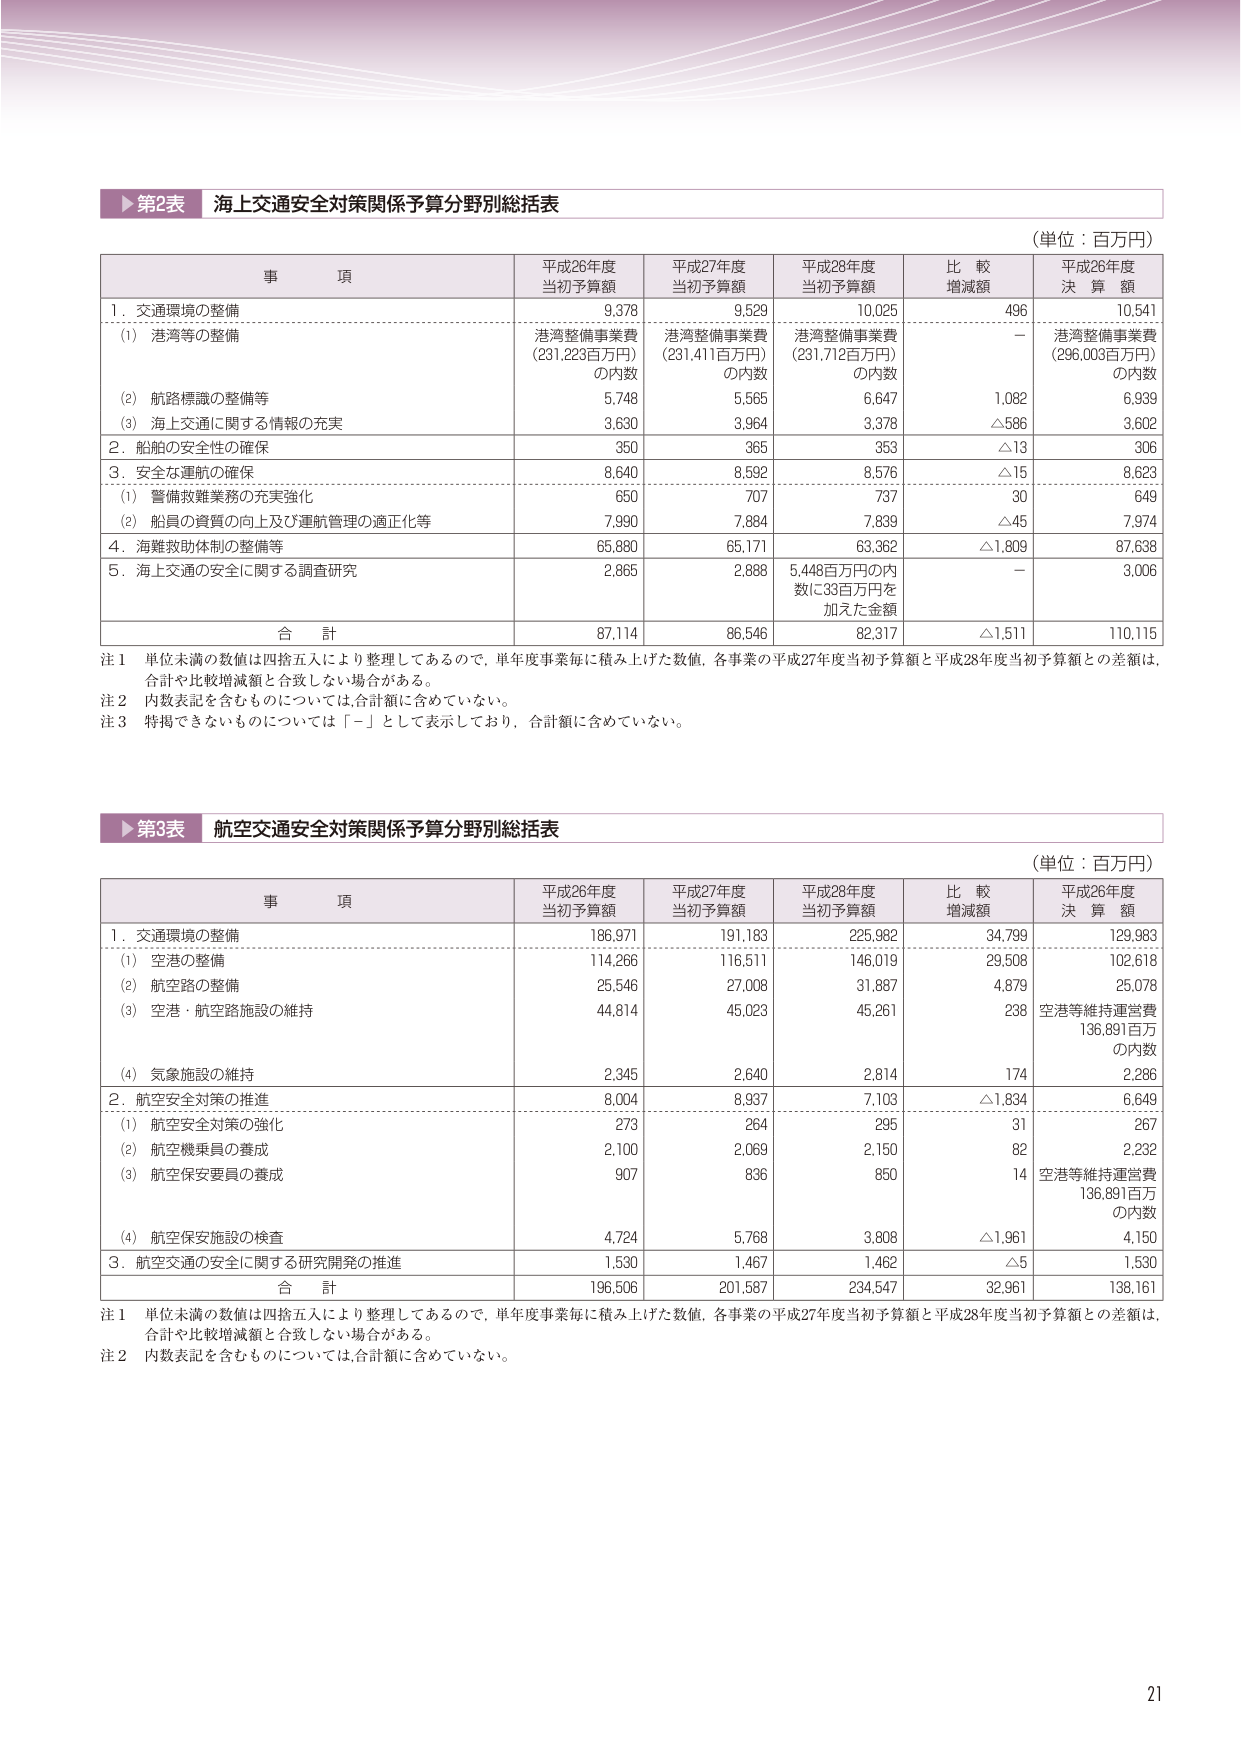
▶第2表 海上交通安全対策関係予算分野別総括表
（単位：百万円）

事 項 平成26年度 当初予算額 平成27年度 当初予算額 平成28年度 当初予算額 比 較 増減額 平成26年度 決 算 額

1．交通環境の整備 9,378 9,529 10,025 496 10,541
　(1) 港湾等の整備 港湾整備事業費 （231,223百万円） の内数 港湾整備事業費 （231,411百万円） の内数 港湾整備事業費 （231,712百万円） の内数 － 港湾整備事業費 （296,003百万円） の内数
　(2) 航路標識の整備等 5,748 5,565 6,647 1,082 6,939
　(3) 海上交通に関する情報の充実 3,630 3,964 3,378 △586 3,602
2．船舶の安全性の確保 350 365 353 △13 306
3．安全な運航の確保 8,640 8,592 8,576 △15 8,623
　(1) 警備救難業務の充実強化 650 707 737 30 649
　(2) 船員の資質の向上及び運航管理の適正化等 7,990 7,884 7,839 △45 7,974
4．海難救助体制の整備等 65,880 65,171 63,362 △1,809 87,638
5．海上交通の安全に関する調査研究 2,865 2,888 5,448百万円の内 数に33百万円を 加えた金額 － 3,006

合 計 87,114 86,546 82,317 △1,511 110,115

注1 単位未満の数値は四捨五入により整理してあるので、単年度事業毎に積み上げた数値、各事業の平成27年度当初予算額と平成28年度当初予算額との差額は、合計や比較増減額と合致しない場合がある。
注2 内数表記を含むものについては、合計額に含めていない。
注3 特掲できないものについては「－」として表示しており、合計額に含めていない。

▶第3表 航空交通安全対策関係予算分野別総括表
（単位：百万円）

事 項 平成26年度 当初予算額 平成27年度 当初予算額 平成28年度 当初予算額 比 較 増減額 平成26年度 決 算 額

1．交通環境の整備 186,971 191,183 225,982 34,799 129,983
　(1) 空港の整備 114,266 116,511 146,019 29,508 102,618
　(2) 航空路の整備 25,546 27,008 31,887 4,879 25,078
　(3) 空港・航空路施設の維持 44,814 45,023 45,261 238 空港等維持運営費 136,891百万 の内数
　(4) 気象施設の維持 2,345 2,640 2,814 174 2,286
2．航空安全対策の推進 8,004 8,937 7,103 △1,834 6,649
　(1) 航空安全対策の強化 273 264 295 31 267
　(2) 航空機乗員の養成 2,100 2,069 2,150 82 2,232
　(3) 航空保安要員の養成 907 836 850 14 空港等維持運営費 136,891百万 の内数
　(4) 航空保安施設の検査 4,724 5,768 3,808 △1,961 4,150
3．航空交通の安全に関する研究開発の推進 1,530 1,467 1,462 △5 1,530

合 計 196,506 201,587 234,547 32,961 138,161

注1 単位未満の数値は四捨五入により整理してあるので、単年度事業毎に積み上げた数値、各事業の平成27年度当初予算額と平成28年度当初予算額との差額は、合計や比較増減額と合致しない場合がある。
注2 内数表記を含むものについては、合計額に含めていない。

21